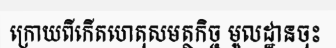
ក្រោយពីកើតហេតុសមត្ថកិច្ច មូលដ្ឋានចុះ